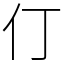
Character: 仃